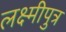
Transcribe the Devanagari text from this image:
लक्ष्मीपुत्र